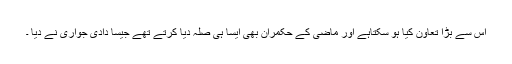
اس سے بڑا تعاون کیا ہو سکتاہے اور ماضی کے حکمران بھی ایسا ہی صلہ دیا کرتے تھے جیسا دادی جواری نے دیا ۔